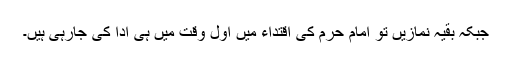
جبکہ بقیہ نمازیں تو امام حرم کی اقتداء میں اول وقت میں ہی ادا کی جارہی ہیں۔